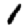
Digit: 1